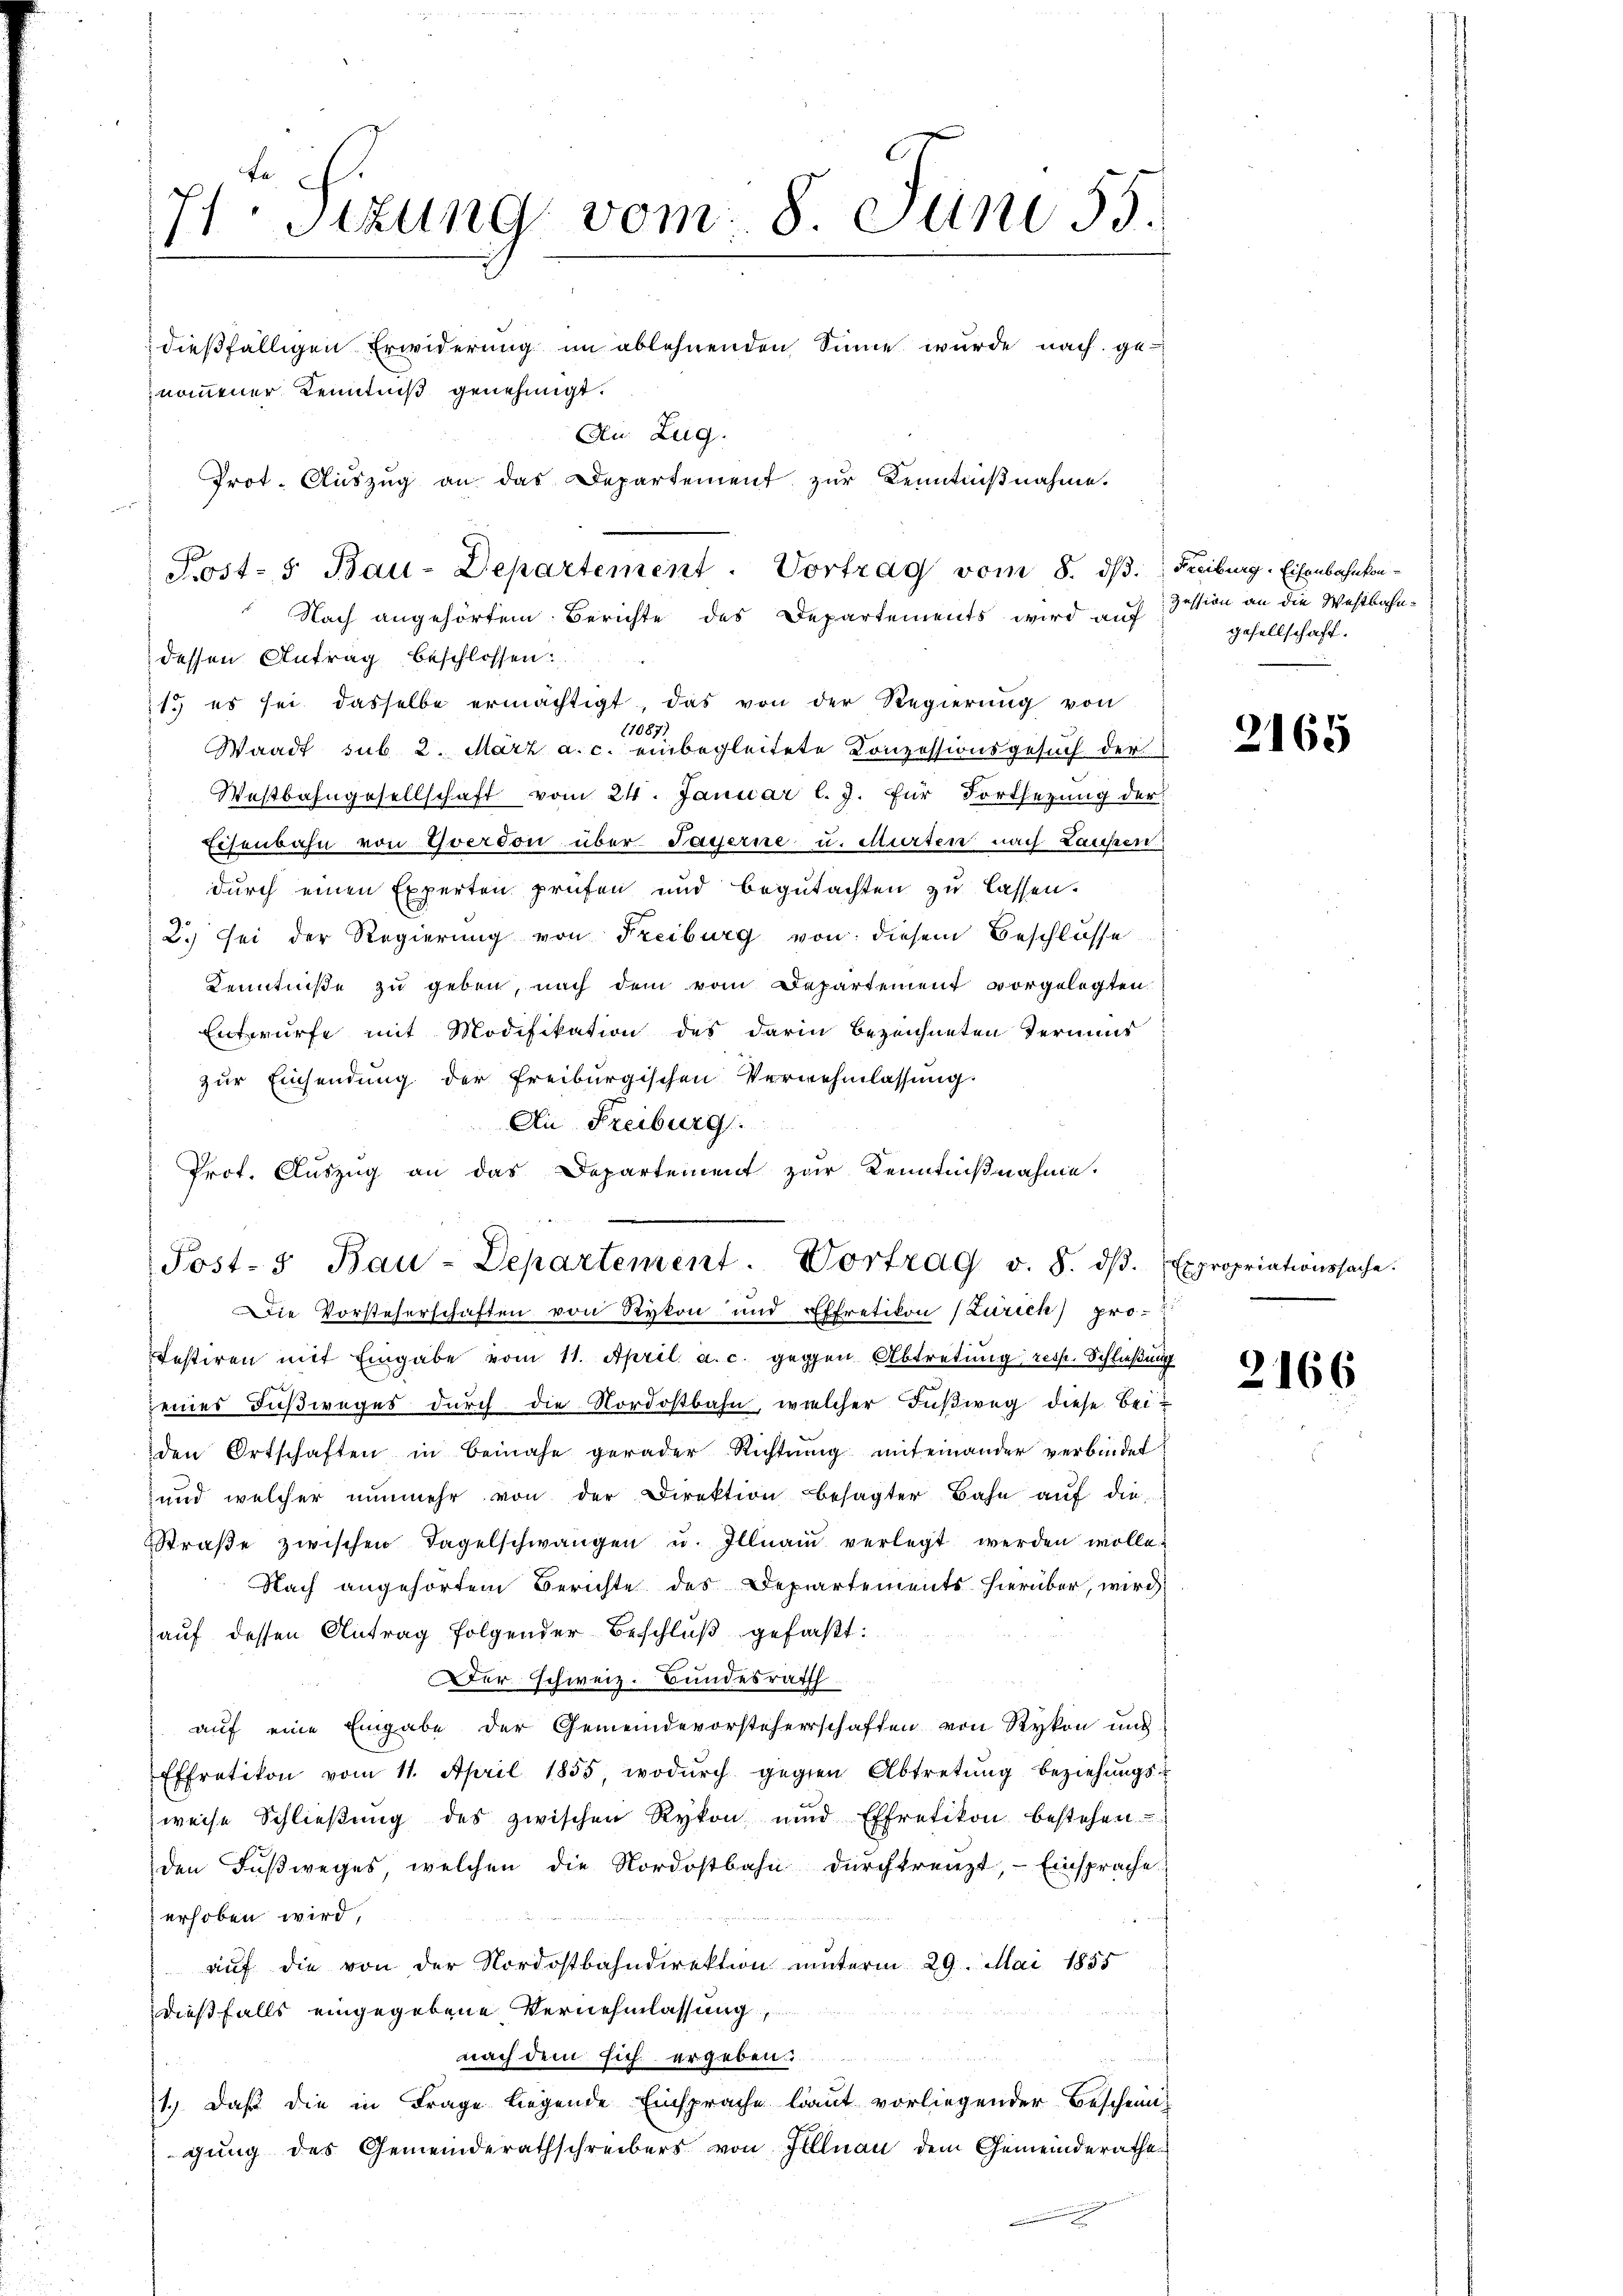
71. Sizung vom 8 Juni 55.
dießfälligen Erwiderung im ablehnenden Sinne wurde nach genommener Kenntniß genehmigt.
An Zug.
Prot. Aŭszŭg an das Departement zur Kenntnißnahme.

11087)
Waadt sub. 2. März a. c. einbegleitete Konzessionsgesuch der
Westbahngesellschaft vom 24. Januar l. J. für Fortsezung der
Eisenbahn von Yverdon über Sagerne u. Murten nach Laupen
durch einen Experten prüfen und begutachten zu lassen.
2.) Sei der Regierung von Freiburg von diesem Beschlosse
Kenntniße zu geben, nach dem vom Departement vorgelegten
Entwurfe mit Modifikation des darin bezeichneten Termins
zur Einsendung der Freiburgischen Vernehmlassung
An Freiburg.
Prot. Auszug an das Departement zur Kenntnißnahme.

Post- 5. Bau-Departement. Vortrag vom 8. dβ. Freiburg-Eisenbahnkon-
Nach angehörtem Berichte des Departements wird auf Zession an die Westbahndessen Antrag beschlossen:
1.) es sei dasselbe ermächtigt, das von der Regierŭng von

Post. Bau-Departement. Vortrag v. 8. dβ. (Expropriationssache.
Die Vorsteherschaften von Rykon und Effretikon (Zürich) pro-

testiren mit Eingabe vom 11. April a. c. gegen Abtretung resp. Schließung
seines Fußweges durch die Nordostbahn, welcher Fußweg diese Beiden Ortschaften in beinahe gerader Richtŭng miteinander verbindet
und welcher nŭnmehr von der Direktion besagter Bahn aŭf die
Straβe zwischen Tagelschwangen u. Illnau verlegt werden wolle.
Nach angehörtem Berichte des Departements hierüber, wird
auf dessen Antrag folgender Beschluß gefaßt:
er schweiz. Bundesrath
auf eine Eingabe der Gemeindevorsteherschaften von Rykon und
Effretikon vom 11. April 1855, wodurch gegen Abtretung beziehungsweise Schlieβŭng des zwischen Rykon und Effretikon bestehen
den Fußweges, welchen die Nordostbahn durch trenzt, - Einsprache
erhoben wird,
auf die von der Nordostbahndirektion unterm 29. Mai 1855
dießfalls eingegebene Vernehmlassung,
nach dem sich ergeben.
1.) Daß die in Frage liegende Einsprache laut vorliegender Beschein
gung des Gemeinderathschreibers von Illnau dem Gemeinderathe

gesellschaft.

2165

2166